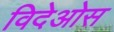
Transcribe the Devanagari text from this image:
विदेओस